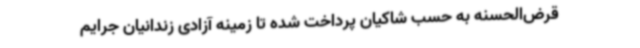
قرض‌الحسنه به حسب شاکیان پرداخت شده تا زمینه آزادی زندانیان جرایم